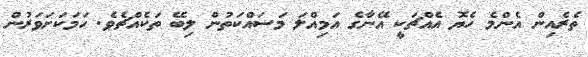
ތެރެއިން އެންމެ ހެޔޮ އެއްޗަކީ އޭނާގެ އަމިއްލަ މަސައްކަތުން ލިބޭ ތަކެއްޗެވެ. ހަމަކަށަވަރުން